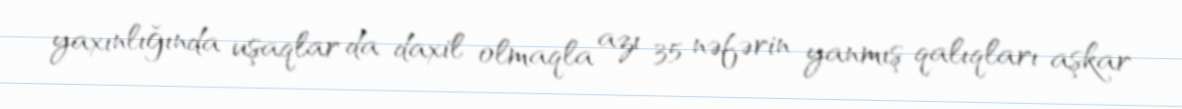
yaxınlığında uşaqlar da daxil olmaqla azı 35 nəfərin yanmış qalıqları aşkar